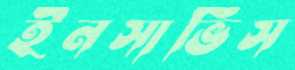
ইনসার্ভিস